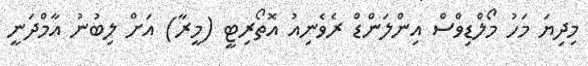
މިދިޔަ މަހު މޯލްޑިވްސް އިންލަންޑް ރެވެނިއު އޮތޯރިޓީ (މީރާ) އަށް ލިބުނު އާމްދަނީ